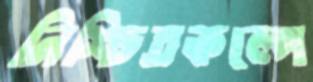
নিশ্চিতকল্পে